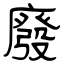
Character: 廢